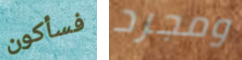
فسأكون ومجرد